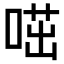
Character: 𠷅